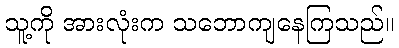
သူ့ကို အားလုံးက သဘောကျနေကြသည်။